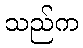
သည်က